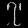
Digit: ၇